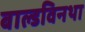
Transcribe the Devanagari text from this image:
बाल्डविनथा